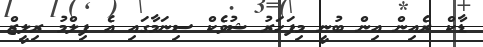
ޑާކް ރެއިން އިން ބުނީ މިފަހަރު ޝުވެކް ސިނަމާގައި އެ ފިލްމު ރިލީޒް